Indian journal of veterinary science and animal husbandry - Volumes 18-21, 1948-1951
Year: 1948
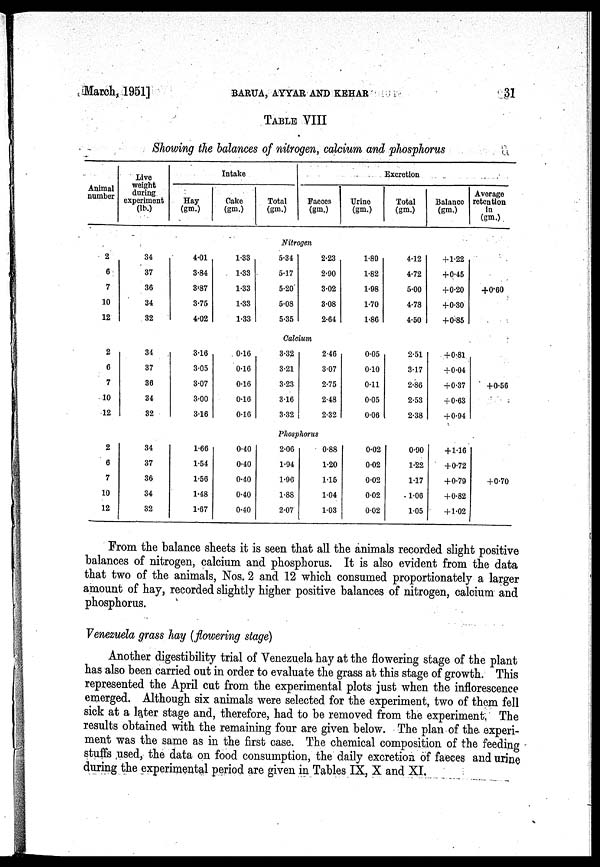
March, 1951]
BARUA,
AYYAR
AND
KEHAR
31
TABLE VIII
Showing the balances of nitrogen, calcium and phosphorus
Animal
number
Live
weight
during
experiment
(lb.)
Intake
Hay
(gm.)
Cake
(gm.)
Total
(gm.)
Excretion
Faeces
(gm.)
Urine
(gm.)
Total
(gm.)
Balance
(gm.)
Average
retention
in
(gm.)
Nitrogen
2
6
7
10
12
34
37
36
34
32
4.01
3.84
3.87
3.75
4.02
1.33
1.33
1.33
1.33
1.33
5.34
5.17
5.20
5.08
5.35
2.23
2.90
3.02
3.08
2.64
1.89
1.82
1.98
1.70
1.86
4.12
4.72
5.00
4.78
4.50
+1.22
+0.45
+0.20
+0.30
+0.85
+0.60
Calcium
2
6
7
10
12
34
37
36
34
32
3.16
3.05
3.07
3.00
3.16
0.16
0.16
0.16
0.16
0.16
3.32
3.21
3.23
3.16
3.32
2.46
3.07
2.75
2.48
2.32
0.05
0.10
0.11
0.05
0.06
2.51
3.17
2.86
2.53
2.38
+0.81
+0.04
+0.37
+ 0.63
+ 0.94
+0.56
Phosphorus
2
6
7
10
12
34
37
36
34
32
1.66
1.54
1.56
1.48
1.67
0.40
0.40
0.40
0.40
0.40
2.06
1.94
1.96
1.88
2.07
0.88
1.20
1.15
1.04
1.03
0.02
0.02
0.02
0.02
0.02
0.90
1.22
1.17
1.06
1.05
+1.16
+0.72
+0.79
+0.82
+1.02
+0.70
From the balance sheets it is seen that all the animals recorded slight positive
balances of nitrogen, calcium and phosphorus. It is also evident from the data
that two of the animals, Nos. 2 and 12 which consumed proportionately a larger
amount of hay, recorded slightly higher positive balances of nitrogen, calcium and
phosphorus.
Venezuela grass hay (flowering stage)
Another digestibility trial of Venezuela hay at the flowering stage of the plant
has also been carried out in order to evaluate the grass at this stage of growth. This
represented the April cut from the experimental plots just when the inflorescence
emerged. Although six animals were selected for the experiment, two of them fell
sick at a later stage and, therefore, had to be removed from the experiment. The
results obtained with the remaining four are given below. The plan of the experi-
ment was the same as in the first case. The chemical composition of the feeding
stuffs used, the data on food consumption, the daily excretion of faeces and urine
during the experimental period are given in Tables IX, X and XI.